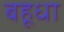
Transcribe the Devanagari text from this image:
बहूधा